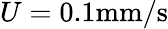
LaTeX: U=0.1\mathrm{mm/s}